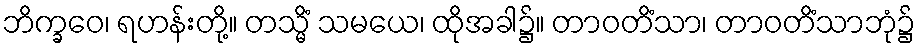
ဘိက္ခဝေ၊ ရဟန်းတို့။ တသ္မိံ သမယေ၊ ထိုအခါ၌။ တာဝတိံသာ၊ တာဝတိံသာဘုံ၌